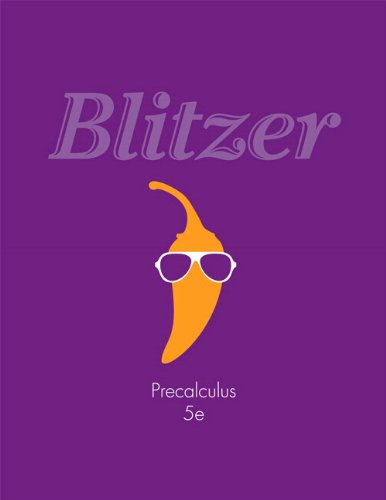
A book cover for Precalculus plus NEW MyMathLab with Pearson eText -- Access Card Package (5th Edition) (Blitzer Precalculus Series); Robert F. Blitzer; Science & Math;